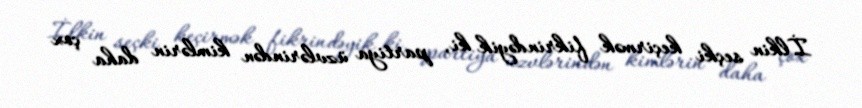
İlkin seçki keçirmək fikrindəyik ki, partiya üzvlərindən kimlərin daha çox